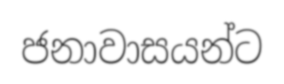
ජනාවාසයන්ට